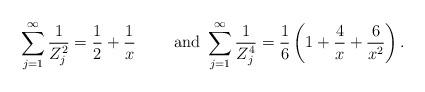
LaTeX: \begin{align*}\sum_{j=1}^\infty \frac{1}{Z_j^2} = \frac{1}{2}+\frac{1}{x}\qquad\mbox{ and }\sum_{j=1}^\infty \frac{1}{Z_j^4} = \frac{1}{6}\left(1+\frac{4}{x}+\frac{6}{x^2}\right).\end{align*}